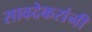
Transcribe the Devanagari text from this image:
सावदेकरांनी